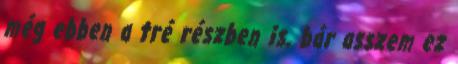
még ebben a tré részben is, bár asszem ez